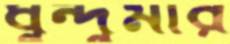
ধুন্দুমার